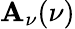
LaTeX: \mathbf{A}_{\nu}(\nu)